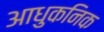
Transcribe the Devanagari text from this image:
आधुकनिक